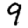
Digit: 9